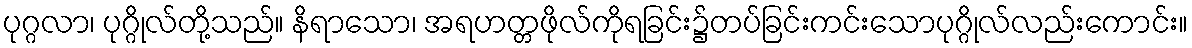
ပုဂ္ဂလာ၊ ပုဂ္ဂိုလ်တို့သည်။ နိရာသော၊ အရဟတ္တဖိုလ်ကိုရခြင်း၌တပ်ခြင်းကင်းသောပုဂ္ဂိုလ်လည်းကောင်း။